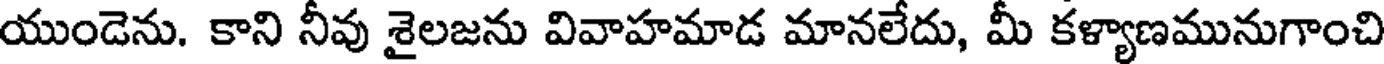
యుండెను. కాని నీవు శైలజను వివాహమాడ మానలేదు, మీ కళ్యాణమునుగాంచి